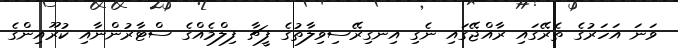
ވަނަ އަހަރުގެ ތެރޭގައި ރާއްޖޭގައި ނެގި އިނގިރޭސިވިލާތުގެ ފީޗާ ފިލްމެއްގެ ސްޓާރުންނާއި ކުރޫއިންގެ